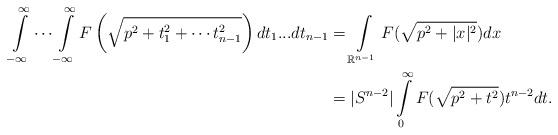
LaTeX: \begin{align*}\int\limits_{-\infty}^\infty \cdots \int\limits_{-\infty}^\infty F\left(\sqrt{p^2+t_1^2+\cdots t_{n-1}^2}\right)dt_1...dt_{n-1}&=\int\limits_{\mathbb{R}^{n-1}} F(\sqrt{p^2+|x|^2})dx\\&=|S^{n-2}|\int\limits_0^\infty F(\sqrt{p^2+t^2})t^{n-2}dt.\end{align*}